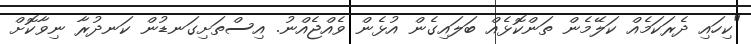
"ކިހައި ދެރަކަމެއް ކަލޭމެން ތަންކޮޅެއް ބަލައިގެން އުޅެން ވެއްޖެއްނު. އިސްތަށިގަނޑުން ކަނދުރާ ނިވާކޮށް